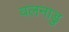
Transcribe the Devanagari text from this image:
वलनाडु